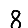
Digit: 8